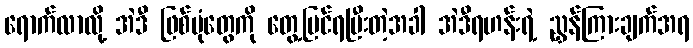
ရောက်လာလို့ အဲဒီ ဖြစ်ပုံတွေကို တွေ့မြင်ရပြီးတဲ့အခါ အဲဒီရဟန်းရဲ့ ညွှန်ကြားချက်အရ